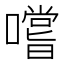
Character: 嚐